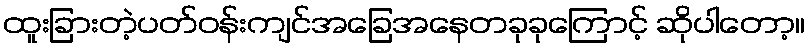
ထူးခြားတဲ့ပတ်ဝန်းကျင်အခြေအနေတခုခုကြောင့် ဆိုပါတော့။